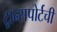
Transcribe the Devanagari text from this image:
ट्रान्सपोर्टची